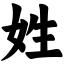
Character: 姓